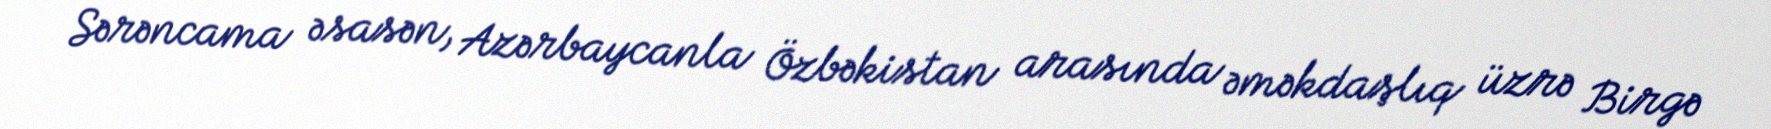
Sərəncama əsasən, Azərbaycanla Özbəkistan arasında əməkdaşlıq üzrə Birgə